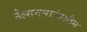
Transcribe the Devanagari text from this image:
नेल्सनसाउंडस्कैन